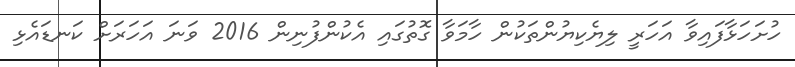
ހުށަހަޅާފައިވާ އަހަރީ ލިޔެކިޔުންތަކުން ހާމަވާ ގޮތުގައި އެކުންފުނިން 2016 ވަނަ އަހަރަށް ކަނޑައެޅި